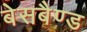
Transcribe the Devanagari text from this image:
बेसबैण्ड